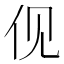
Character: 伣